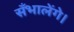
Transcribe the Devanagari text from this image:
सँभालेंगे।